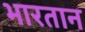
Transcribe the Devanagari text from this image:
भारतान